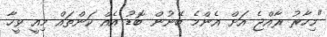
"މިހާރު ރާއްޖެ އަށް އެންމެ ބޭނުން ބޮޑު އެއް ކަންތައް މިއީ ވީހާ